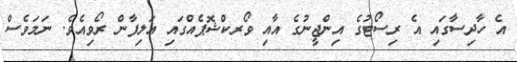
އެ ހާދިސާގައި އެ ރިސޯޓުގެ އިންޖީނުގެ އާއި ވޯރކްޝޮޕެއްގައި އަލިފާން ރޯވިއެވެ. ނަމަވެސް